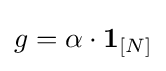
g=\alpha \cdot \mathbf {1} _{[N]}